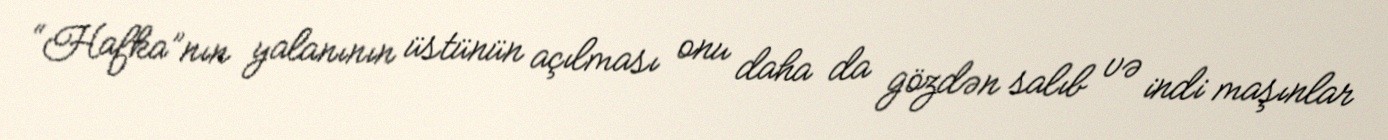
“Hafka”nın yalanının üstünün açılması onu daha da gözdən salıb və indi maşınlar